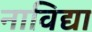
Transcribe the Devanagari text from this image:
नाविद्या